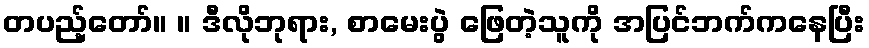
တပည့်တော်။ ။ ဒီလိုဘုရား, စာမေးပွဲ ဖြေတဲ့သူကို အပြင်ဘက်ကနေပြီး